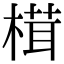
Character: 榵